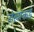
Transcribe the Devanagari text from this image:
लेखांकडे